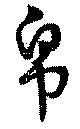
帛